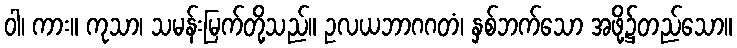
ဝါ၊ ကား။ ကုသာ၊ သမန်းမြက်တို့သည်။ ဥလယဘာဂဂတံ၊ နှစ်ဘက်သော အဖို့၌တည်သော။